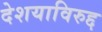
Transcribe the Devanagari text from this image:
देशयाविरुद्द